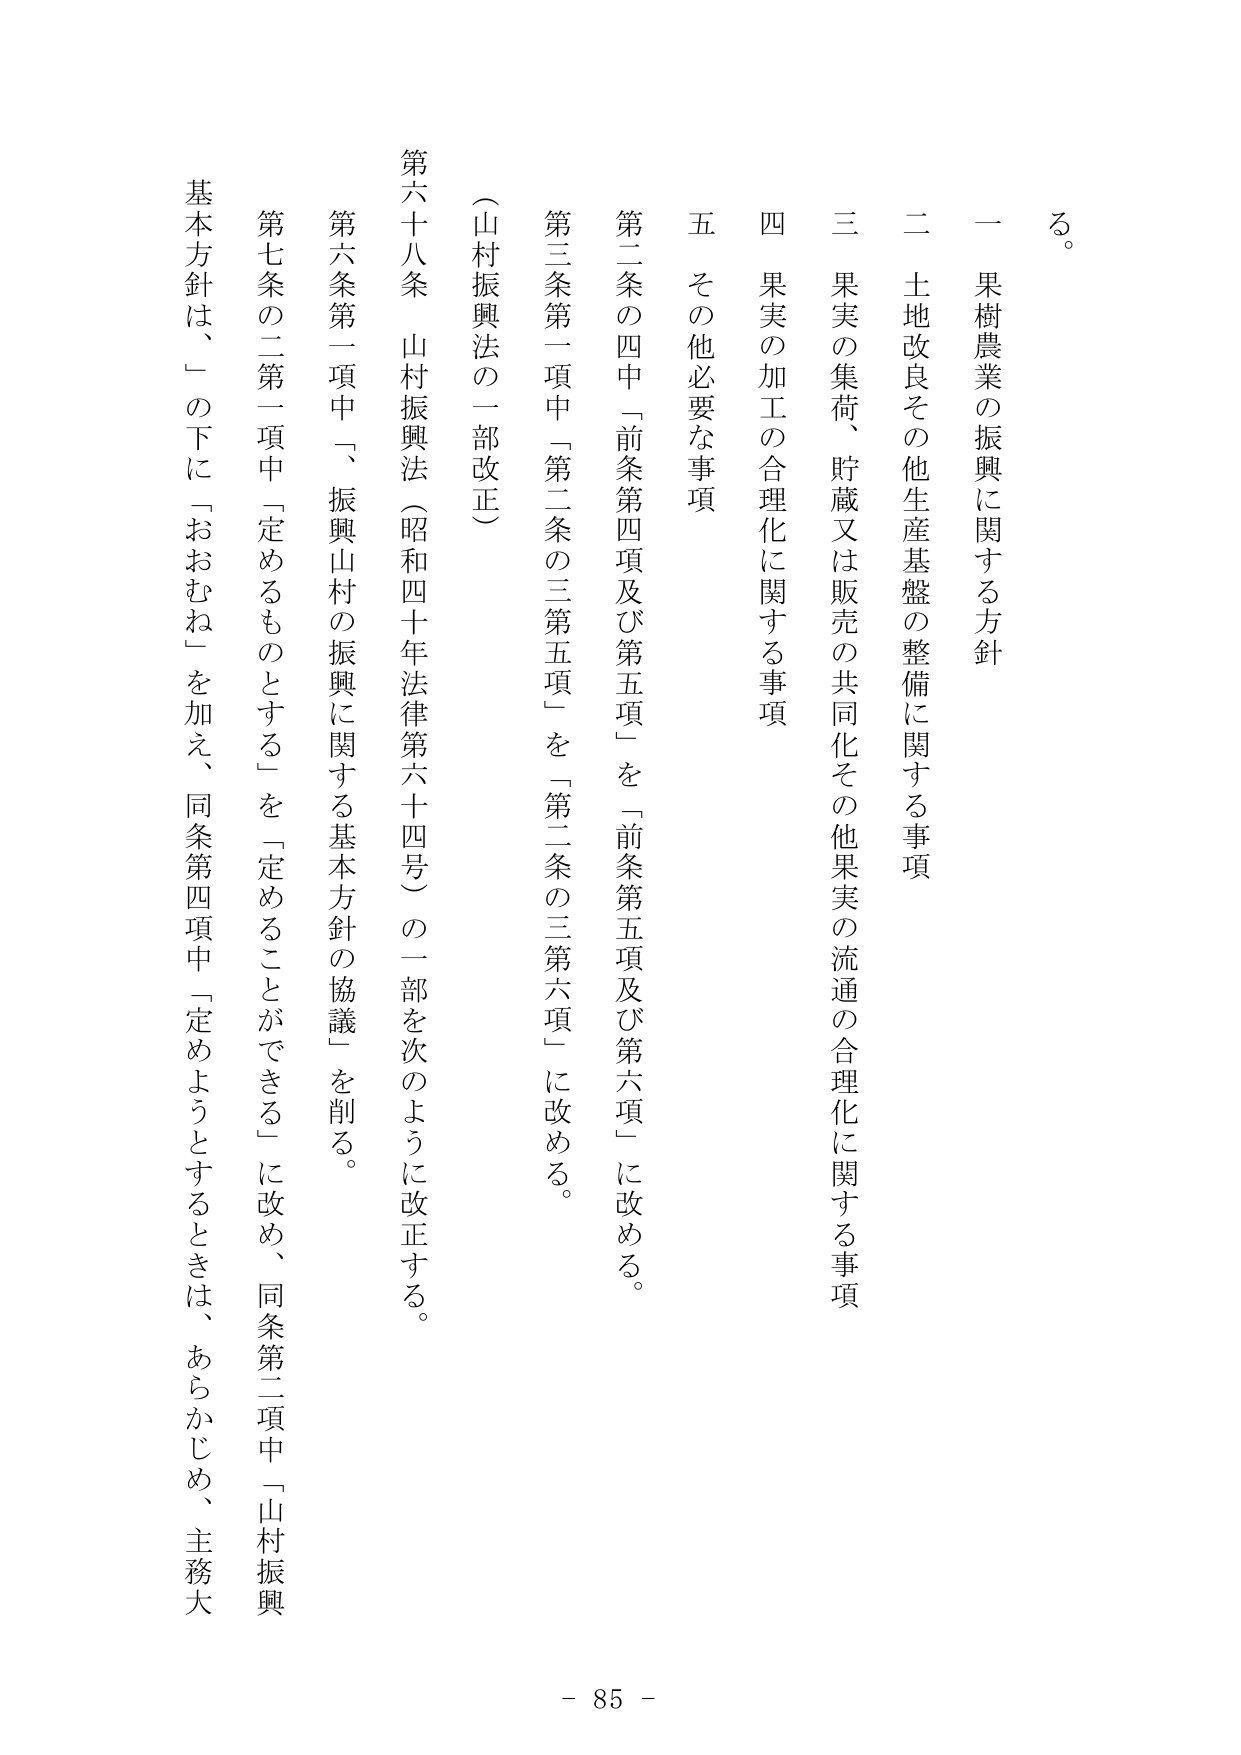
る。

一 果樹農業の振興に関する方針

二 土地改良その他生産基盤の整備に関する事項

三 果実の集荷、貯蔵又は販売の共同化その他果実の流通の合理化に関する事項

四 果実の加工の合理化に関する事項

五 その他必要な事項

第二条の四中「前条第四項及び第五項」を「前条第五項及び第六項」に改める。

第三条第一項中「第二条の三第五項」を「第二条の三第六項」に改める。

（山村振興法の一部改正）

第六十八条 山村振興法（昭和四十年法律第六十四号）の一部を次のように改正する。

第六条第一項中「、振興山村の振興に関する基本方針の協議」を削る。

第七条の二第一項中「定めるものとする」を「定めることができる」に改め、同条第二項中「山村振興基本方針は、」の下に「おおむね」を加え、同条第四項中「定めようとするときは、あらかじめ、主務大

- 85 -